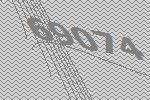
69074